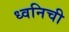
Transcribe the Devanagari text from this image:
ध्वनिची